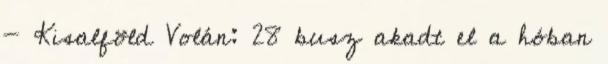
- Kisalföld Volán: 28 busz akadt el a hóban